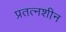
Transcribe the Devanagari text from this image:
प्रतत्नशीन